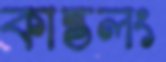
কান্তলং